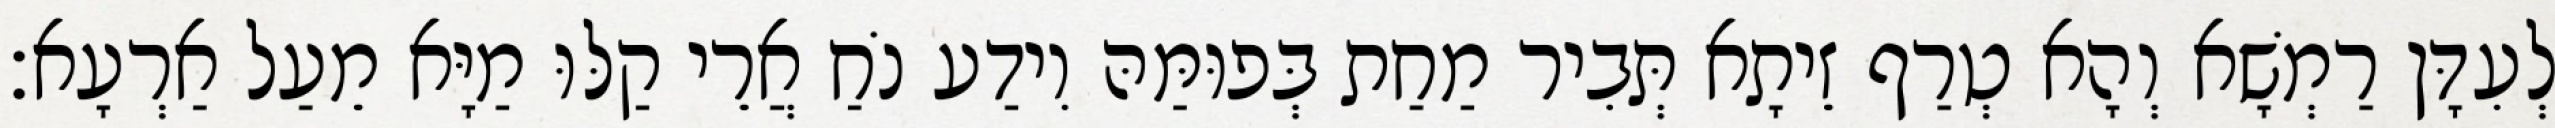
לְעִדָּן רַמְשָׁא וְהָא טְרַף זֵיתָא תְּבִיר מַחַת בְּפוּמַּהּ וִידַע נֹחַ אֲרֵי קַלּוּ מַיָּא מֵעַל אַרְעָא׃